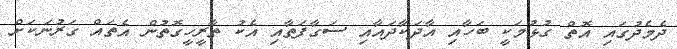
ދެމެދުގައި އޮތް ގުޅުމަކީ ބަހާއި އާދަކާދައާއި ސަގާފަތާއި އެކު ތާރީހީގޮތުން އެތައް ގަރުނަކަށް